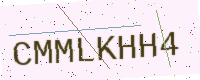
Text: CMMLKHH4